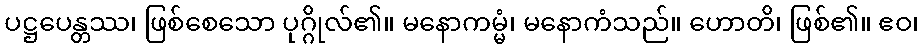
ပဋ္ဌပေန္တဿ၊ ဖြစ်စေသော ပုဂ္ဂိုလ်၏။ မနောကမ္မံ၊ မနောကံသည်။ ဟောတိ၊ ဖြစ်၏။ ဧဝ၊